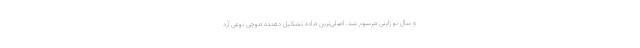
و سال نو ژاپنی مرسوم شد. اصلی‌ترین ماده تشکیل دهنده موچی نوعی آرد